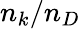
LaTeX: n_{k}/n_{D}